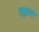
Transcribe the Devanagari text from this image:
एझावन